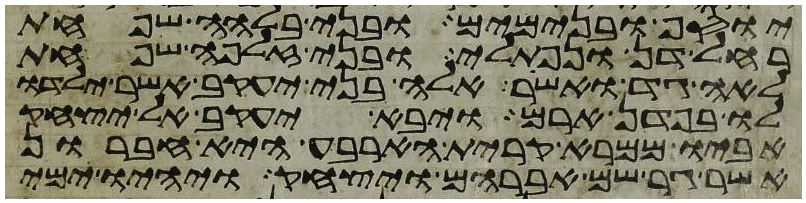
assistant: יוסף ובנימים ובני בלהה שפחת
רחל דן ונפתלי ובני זלפה שפחת
לאה גד ואשר אלה בני יעקב אשר ילדו
לו בפדן ארם ויבא יעקב אל יצחק
אביו ממרא קרית הארבע היא חברון
אשר גר שם אברהם ויצחק ויהיו ימי